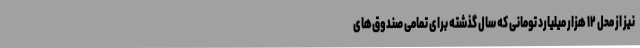
نیز از محل ۱۲ هزار میلیارد تومانی که سال گذشته برای تمامی صندوق‌های